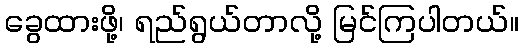
ခွေထားဖို့၊ ရည်ရွယ်တာလို့ မြင်ကြပါတယ်။